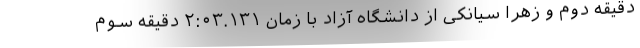
دقیقه دوم و زهرا سیانکی از دانشگاه آزاد با زمان ۲:۰۳.۱۳۱ دقیقه سوم